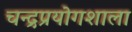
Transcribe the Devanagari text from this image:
चन्द्रप्रयोगशाला